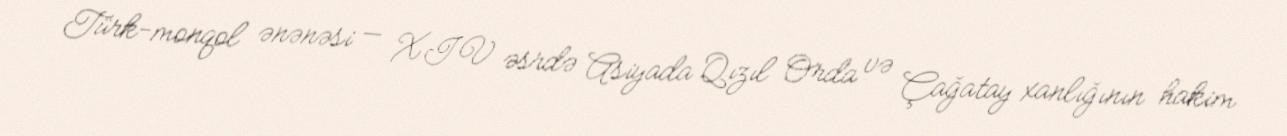
Türk-monqol ənənəsi — XIV əsrdə Asiyada Qızıl Orda və Çağatay xanlığının hakim